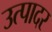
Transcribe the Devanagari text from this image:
उत्पादर